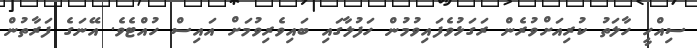
ސިއްހީ ހާލަތު ކުރިއަށްވުރެން ރަގަޅުވެފައިވުމުން ހަފުލާގައި ބައިވެރިވުމަށް އައިސް ހުއްޓެވެ. އޭނަގެ ފަރާތުން